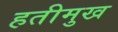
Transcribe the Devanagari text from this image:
हतीमुख